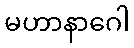
မဟာနာဂေါ